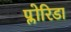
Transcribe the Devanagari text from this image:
प्लोरिडा